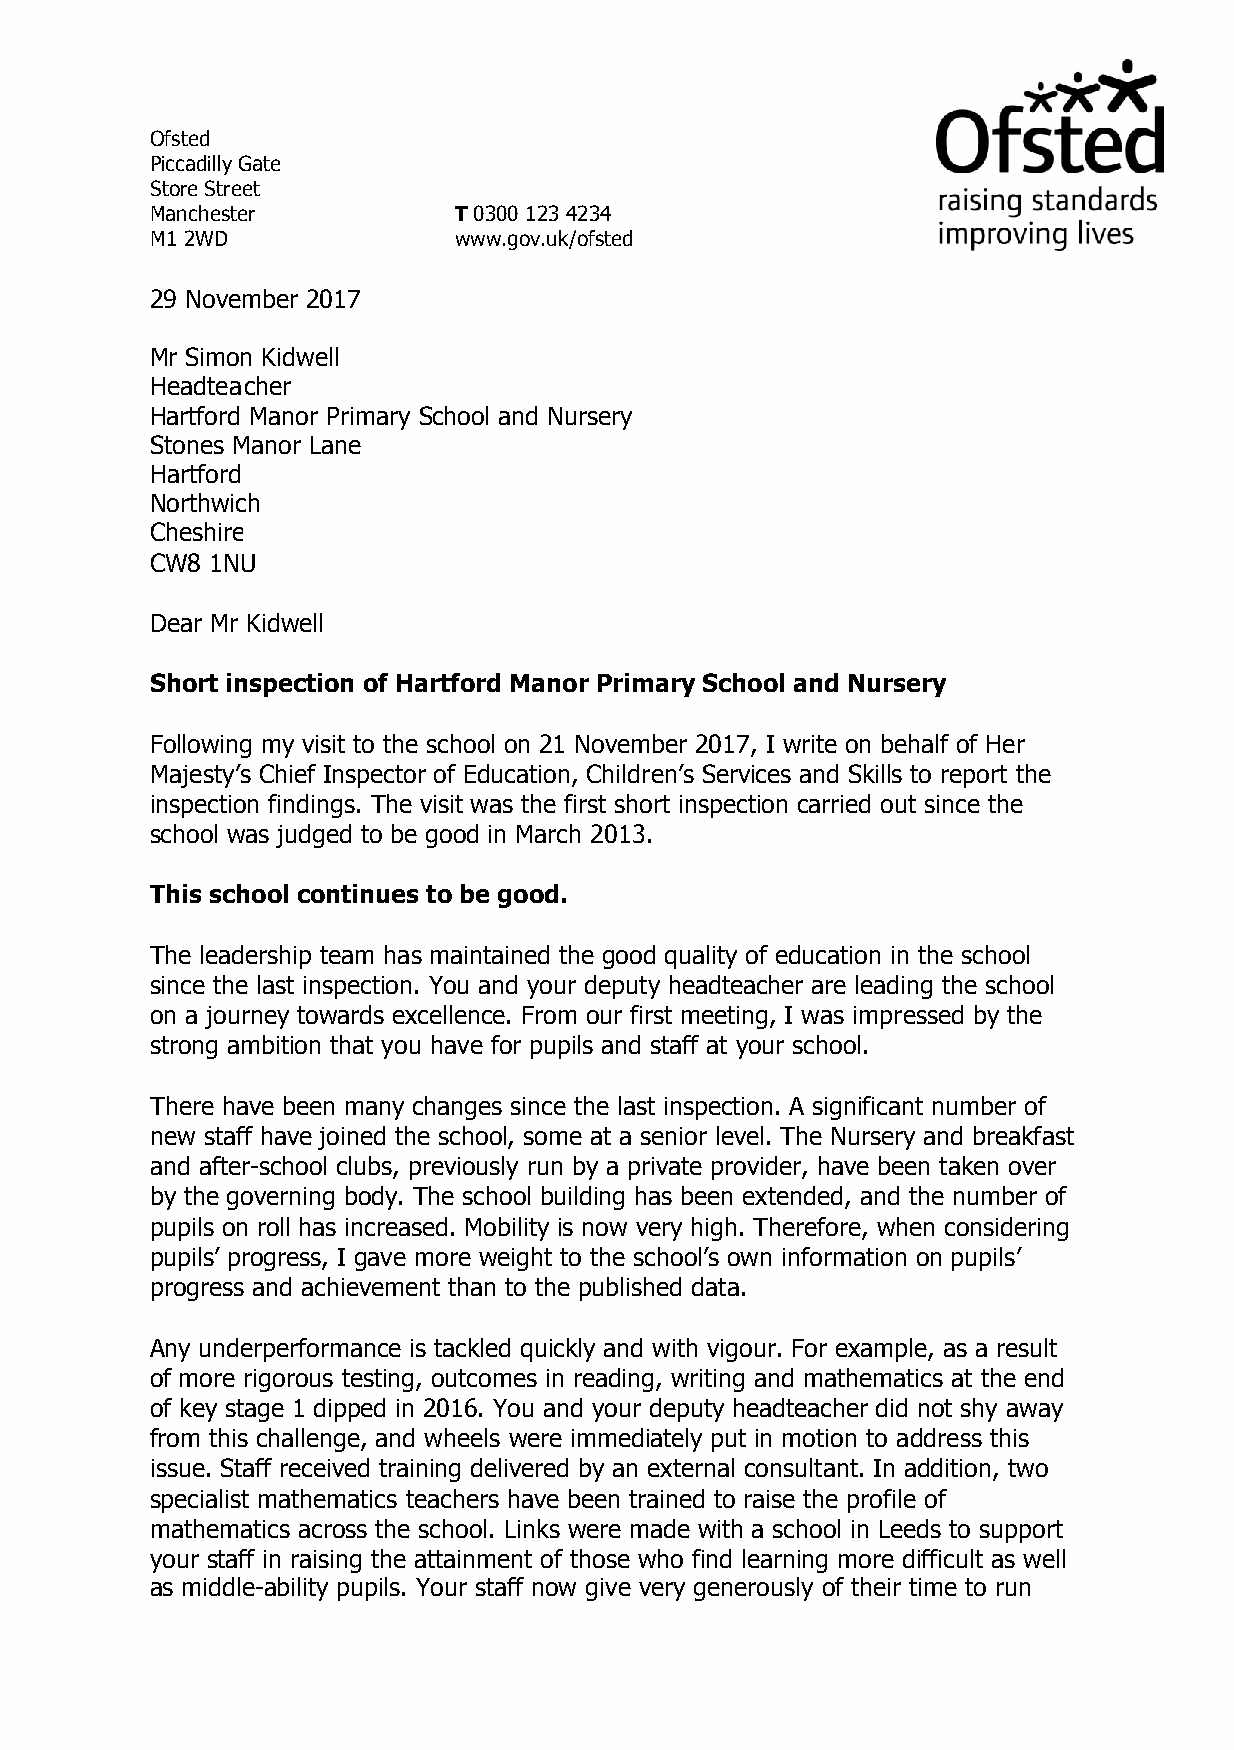
Ofsted
 Piccadilly Gate
 Store Street
 Manchester          T 0300 123 4234
 M1 2WD              www.gov.uk/ofsted
 29 November 2017
 Mr Simon Kidwell
 Headtea cher
 Hartford Manor Primary School and Nursery
 Stones Manor Lane
 Hartford
 Northwich
 Cheshire
 CW8 1NU
 Dear Mr Kidwell
 Short inspection of Hartford Manor Primary School and Nursery
 Following my visit to the school on 21 November 2017, I write on behalf of Her
 Majesty’s Chief Inspector of Education, Children’s Services and Skills to report the
 inspection findings. The visit was the first short inspection carried out since the
 school was judged to be good in March 2013.
 This school continues to be good.
 The leadership team has maintained the good quality of education in the school
 since the last inspection. You and your deputy headteacher are leading the school
 on a journey towards excellence. From our first meeting, I was impressed by the
 strong ambition that you have for pupils and staff at your school.
 There have been many changes since the last inspection. A significant number of
 new staff have joined the school, some at a senior level. The Nursery and breakfast
 and after-school clubs, previously run by a private provider, have been taken over
 by the governing body. The school building has been extended, and the number of
 pupils on roll has increased. Mobility is now very high. Therefore, when considering
 pupils’ progress, I gave more weight to the school’s own information on pupils’
 progress and achievement than to the published data.
 Any underperformance is tackled quickly and with vigour. For example, as a result
 of more rigorous testing, outcomes in reading, writing and mathematics at the end
 of key stage 1 dipped in 2016. You and your deputy headteacher did not shy away
 from this challenge, and wheels were immediately put in motion to address this
 issue. Staff received training delivered by an external consultant. In addition, two
 specialist mathematics teachers have been trained to raise the profile of
 mathematics across the school. Links were made with a school in Leeds to support
 your staff in raising the attainment of those who find learning more difficult as well
 as middle-ability pupils. Your staff now give very generously of their time to run